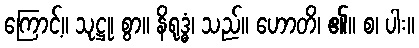
ကြောင့်။ သုဋ္ဌု၊ စွာ။ နိရုဒ္ဓံ၊ သည်။ ဟောတိ၊ ၏။ စ၊ ပါး။